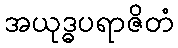
အယုဒ္ဓပရာဇိတံ